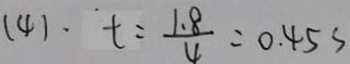
( 4 ) \cdot t = \frac { 1 . 8 } { 4 } = 0 . 4 5 s